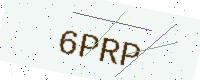
Text: 6PRP